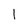
Character: 1